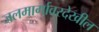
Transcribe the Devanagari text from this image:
जलमार्गावरदेखील